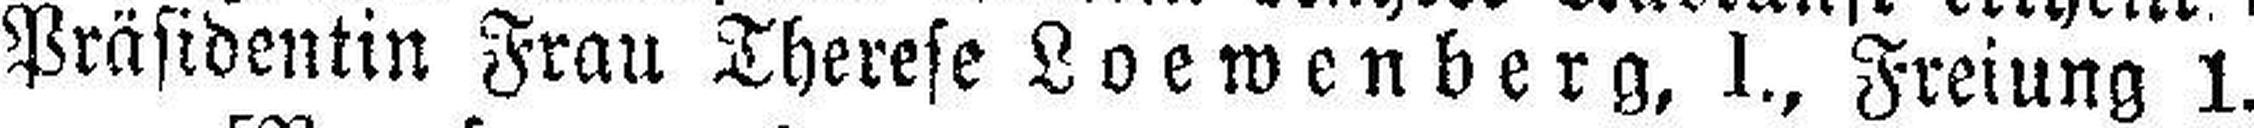
Präsidentin Frau Therese Loewenberg, I., Freiung 1.